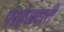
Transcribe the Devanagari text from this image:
परहेजदारी